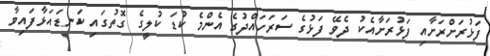
ފަޅުރަށްރަށާއި ފަޅުރަށާއެކު ދެވޭ ފަޅުގެ ސަރަހައްދުގެ އެންމެ ކުޑަ ކުލީގެ ގޮތުގައި ކަނޑައަޅާފައިވާ